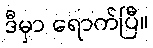
ဒီမှာ ရောက်ပြီ။